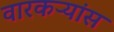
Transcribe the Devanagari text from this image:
वारकऱ्यांस